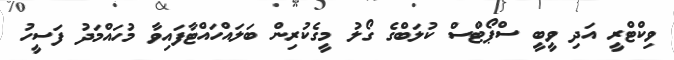
ވިކްޓްރީ އަދި ވީބީ ސްޕޯޓްސް ކުލަބްގެ ގޯލު މީގެކުރިން ބަލައްހައްޓާފައިވާ މުހައްމަދު ފަސީހު